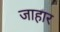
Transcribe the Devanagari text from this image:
जाहार